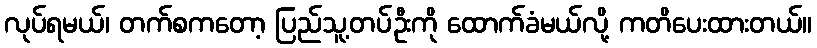
လုပ်ရမယ်၊ တက်စကတော့ ပြည်သူ့တပ်ဦးကို ထောက်ခံမယ်လို့ ကတိပေးထားတယ်။